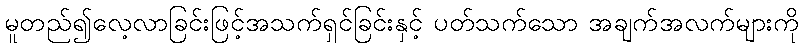
မူတည်၍လေ့လာခြင်းဖြင့်အသက်ရှင်ခြင်းနှင့် ပတ်သက်သော အချက်အလက်များကို